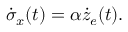
\dot { \sigma } _ { x } ( t ) = \alpha \dot { z } _ { e } ( t ) .